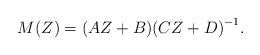
LaTeX: \begin{align*} M(Z)= (AZ+B){(CZ+D)}^{-1}.\end{align*}